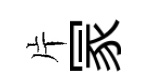
片冡